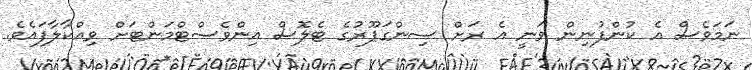
ނަމަވެސް އެ ކުންފުނިން ވަނީ އެ ރަށް ސިންގަޕޫރުގެ ޓެލޮސް އިންވެސްޓްމަންޓަށް ވިއްކާލާފައެވެ.